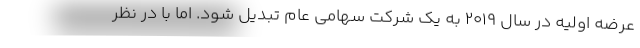
عرضه اولیه در سال ۲۰۱۹ به یک شرکت سهامی عام تبدیل شود. اما با در نظر